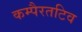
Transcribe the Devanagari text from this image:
कम्पैरतटिव